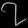
Digit: ၇